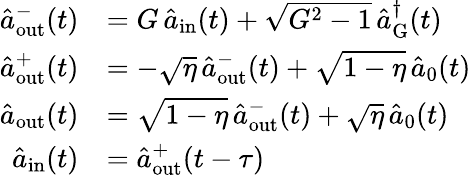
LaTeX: \begin{array}{rl}{\hat{a}_{\mathrm{out}}^{-}(t)}&{=G\, \hat{a}_{\mathrm{in}}(t)+\sqrt{G^{2}-1}\, \hat{a}_{\mathrm{G}}^{\dagger}(t)}\\ {\hat{a}_{\mathrm{out}}^{+}(t)}&{=-\sqrt{\eta}\, \hat{a}_{\mathrm{out}}^{-}(t)+\sqrt{1-\eta}\, \hat{a}_{0}(t)}\\ {\hat{a}_{\mathrm{out}}(t)}&{=\sqrt{1-\eta}\, \hat{a}_{\mathrm{out}}^{-}(t)+\sqrt{\eta}\, \hat{a}_{0}(t)}\\ {\hat{a}_{\mathrm{in}}(t)}&{=\hat{a}_{\mathrm{out}}^{+}(t-\tau)}\end{array}